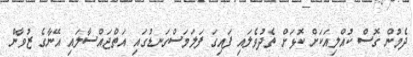
ދެމުން ގޮސް ކުއްލިއަކަށް ކޮޅަށް ތެދުވެލައި ފައިގަ ފަލަމަސްގަނޑުގައި އަތްޖައްސާލައި އޭނާގެ ޒުވާން